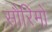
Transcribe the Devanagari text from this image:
सौरिमो